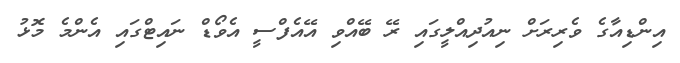
އިންޑިއާގެ ވެރިރަށް ނިއުދިއްލީގައި ރޭ ބޭއްވި އޭއެފްސީ އެވޯޑް ނައިޓްގައި އެންމެ މޮޅު